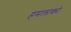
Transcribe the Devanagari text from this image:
हमलाको